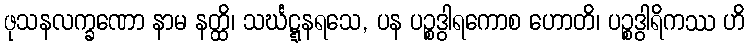
ဖုသနလက္ခဏော နာမ နတ္ထိ၊ သင်္ဃဋ္ဋနရသေ, ပန ပဉ္စဒွါရကောစ ဟောတိ၊ ပဉ္စဒွါရိကဿ ဟိ